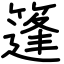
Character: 篷